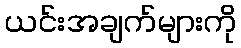
ယင်းအချက်များကို